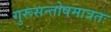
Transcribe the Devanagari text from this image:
गुरूसन्तोषमात्रतः